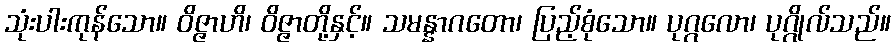
သုံးပါးကုန်သော။ ဝိဇ္ဇာဟိ၊ ဝိဇ္ဇာတို့နှင့်။ သမန္နာဂတော၊ ပြည့်စုံသော။ ပုဂ္ဂလော၊ ပုဂ္ဂိုလ်သည်။